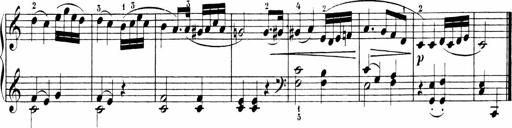
Title: Sonatinen Op.47, 98 und 136, nebst 6 Liedersonatinen
Composer: Carl Reinecke